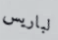
لباريس